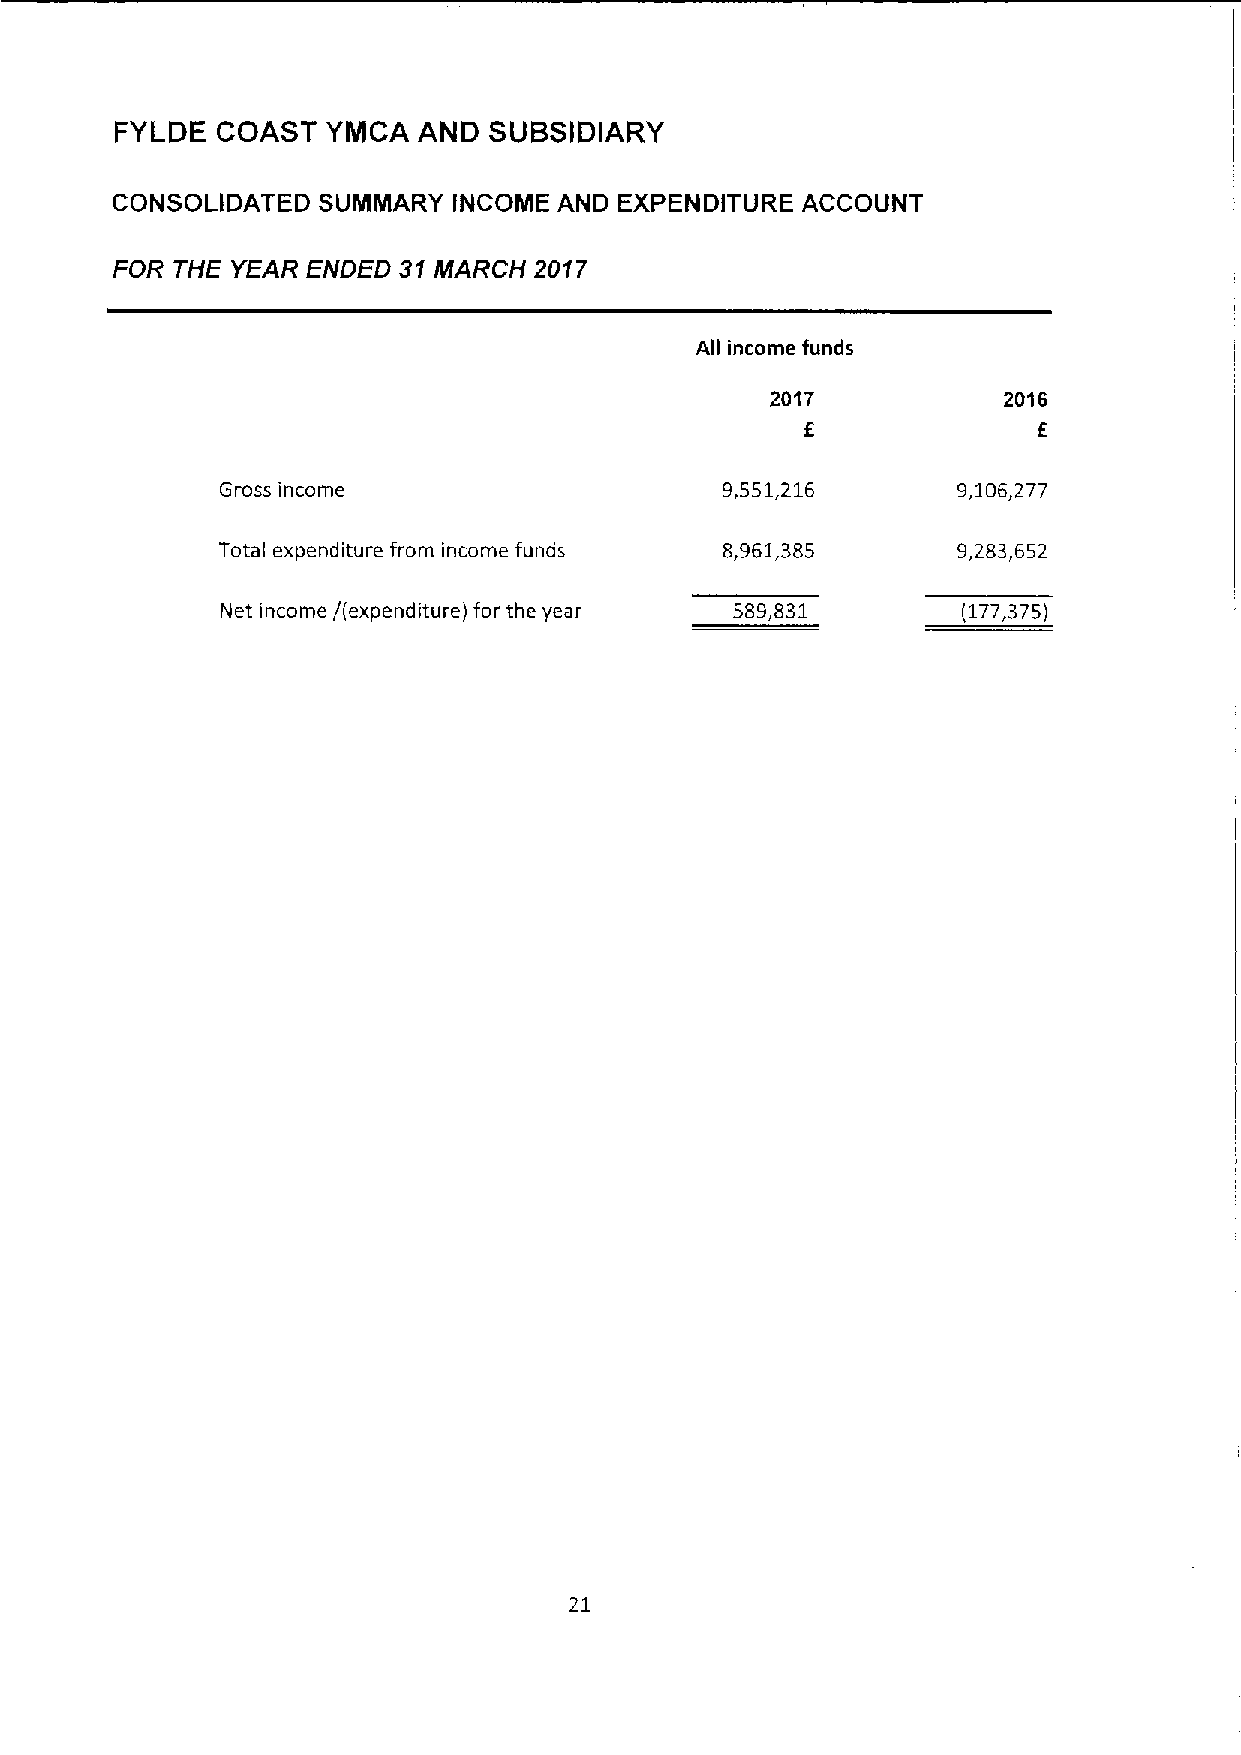
FYLDE COAST   YMCA  AND SUBSIDIARY
 CONSOLIDATED  SUMMARY  INCOME AND EXPENDITURE ACCOUNT
 FOR THE YEAR ENDED 31MARCH  2017
 All income funds
 2017           2016
 6               6
 Gross income                     9,551,216      9,106,277
 Total expenditure from income funds 8,961,385    9,283,652
 Net income /(expenditure) for the year 589,831   (177,375)
 21